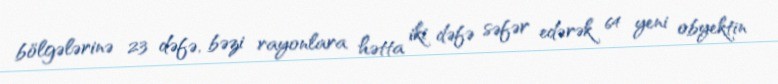
bölgələrinə 23 dəfə, bəzi rayonlara hətta iki dəfə səfər edərək 64 yeni obyektin